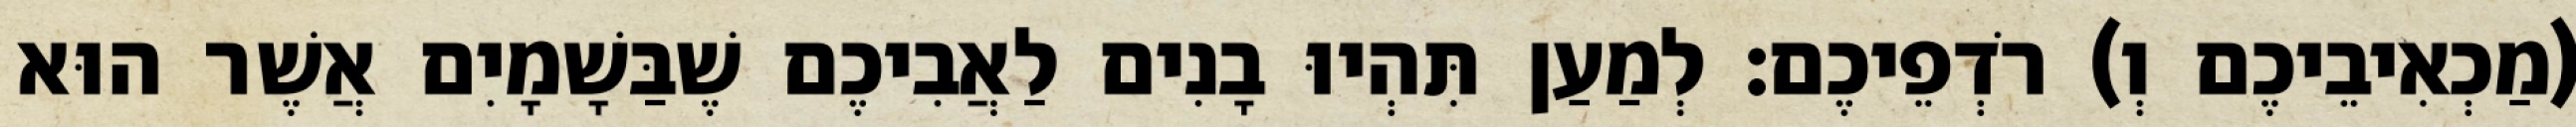
(מַכְאִיבֵיכֶם וְ) רֹדְפֵיכֶם׃ לְמַעַן תִּהְיוּ בָנִים לַאֲבִיכֶם שֶׁבַּשָׁמָיִם אֲשֶׁר הוּא